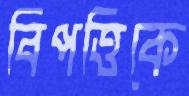
বিপত্তিকে